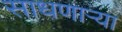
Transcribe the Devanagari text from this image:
साधणार्‍या